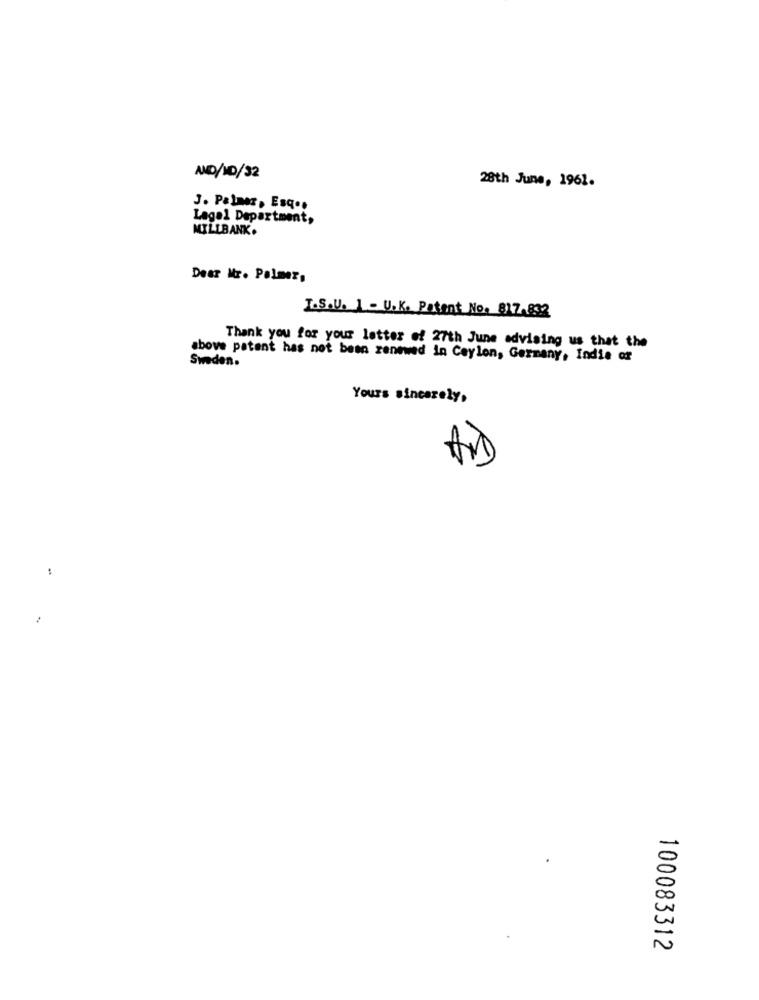
AND/10/32
28th June, 1961.
J. Palmer, Esq.
Lagal Department,
MILLBANK.
Dear Mr. Palmer,
I.S.U. 1 - U.K. Patent No: 817.832
Thank you for your letter of 27th June advising us that the
Sweden.
above patent has not been renewed in Ceylon, Germany, Indie of
Yours sincerely,
100083312